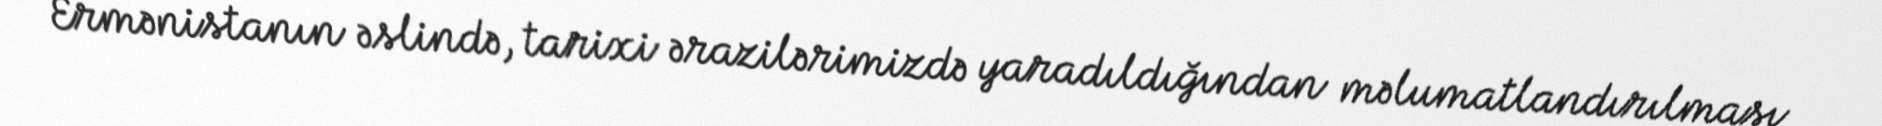
Ermənistanın əslində, tarixi ərazilərimizdə yaradıldığından məlumatlandırılması